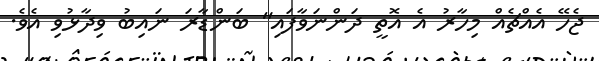
ޖެހޭ އެއްޗެއް މިހާރު އެ އޮތީ ދަންނަވާފައި" ބަންޑާރަ ނައިބު ވިދާޅުވި އެވެ.